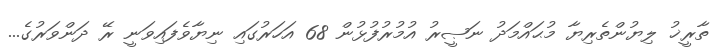
ތާރީޚު ލިޔުންތެރިޔާ މުޙައްމަދު ނަޞީރު އުމުރުފުޅުން 68 އަހަރުގައި ނިޔާވެފައިވަނީ ރޭ ދަންވަރުގެ...